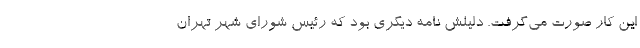
این کار صورت می‌گرفت. دلیلش نامه دیگری بود که رئیس شورای شهر تهران